Document type: Dowry acquittance
Year: 1427
Scribe: Pere Tarafa
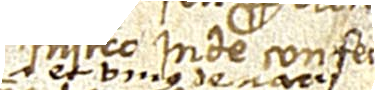
et unius denarii